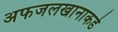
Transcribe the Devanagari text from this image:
अफजलखानाकडे